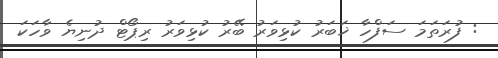
: ފުރަތަމަ ސަފްހާ ޚަބަރު ކުޅިވަރު ބޭރު ކުޅިވަރު ރިޕޯޓް ދުނިޔެ ވާހަކަ